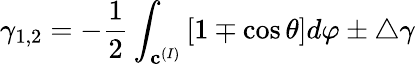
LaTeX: \gamma_{1,2}=-\frac 12\int_{{\mathbf c}^{(I)}}\left[1\mp\cos\theta\right]d\varphi\pm\triangle\gamma